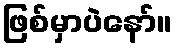
ဖြစ်မှာပဲနော်။